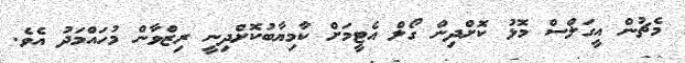
މެޗުން އީގަލްސް މޮޅު ކޮށްދިން ގޯލް އެޓީމަށް ކާމިޔާބުކޮށްދިނީ ރިޒްވާން މުހައްމަދު އެވެ.